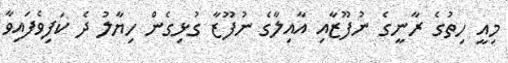
މިއީ ހިތުގެ ރާނީގެ ނުފޫޒާއި އާއިލާގެ ނުފޫޒާ ގުޅިގެން ހިޔާލު ދެ ކަފިވެފައިވާ